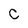
Character: C